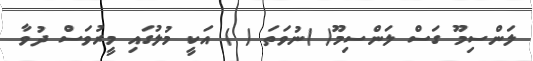
ލަންސިމޫ ގަސް ލަންސިމޫ( )ނުވަތަ ( ) އަކީ މުލުގައި މީރުވަސް ދުވާ